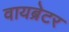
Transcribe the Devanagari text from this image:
वायब्रेटर